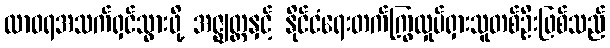
ထာဝရအသက်ရှင်သွားဖို့ အဇ္ဈတ္တနှင့် နိုင်ငံရေးတက်ကြွလှုပ်ရှားသူတစ်ဦးဖြစ်သည်